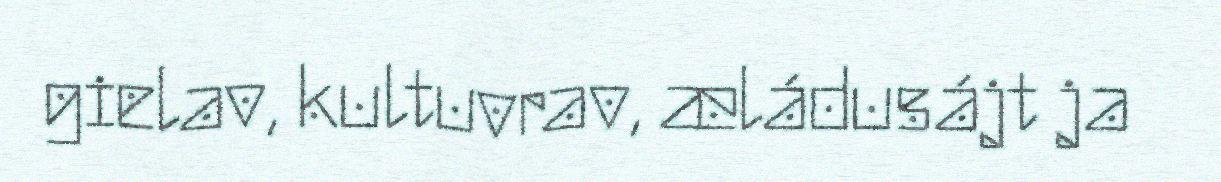
gielav, kultuvrav, æládusájt ja